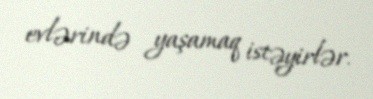
evlərində yaşamaq istəyirlər.